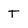
Character: T